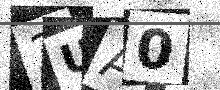
Text: 3UA0